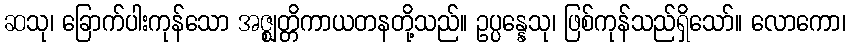
ဆသု၊ ခြောက်ပါးကုန်သော အဇ္ဈတ္တိကာယတနတို့သည်။ ဥပ္ပန္နေသု၊ ဖြစ်ကုန်သည်ရှိသော်။ လောကော၊